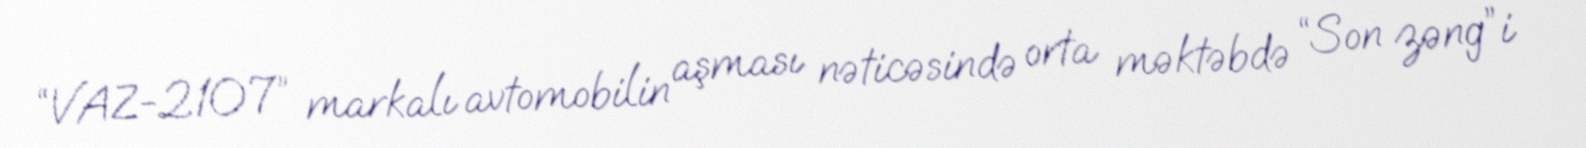
“VAZ-2107” markalı avtomobilin aşması nəticəsində orta məktəbdə “Son zəng”i